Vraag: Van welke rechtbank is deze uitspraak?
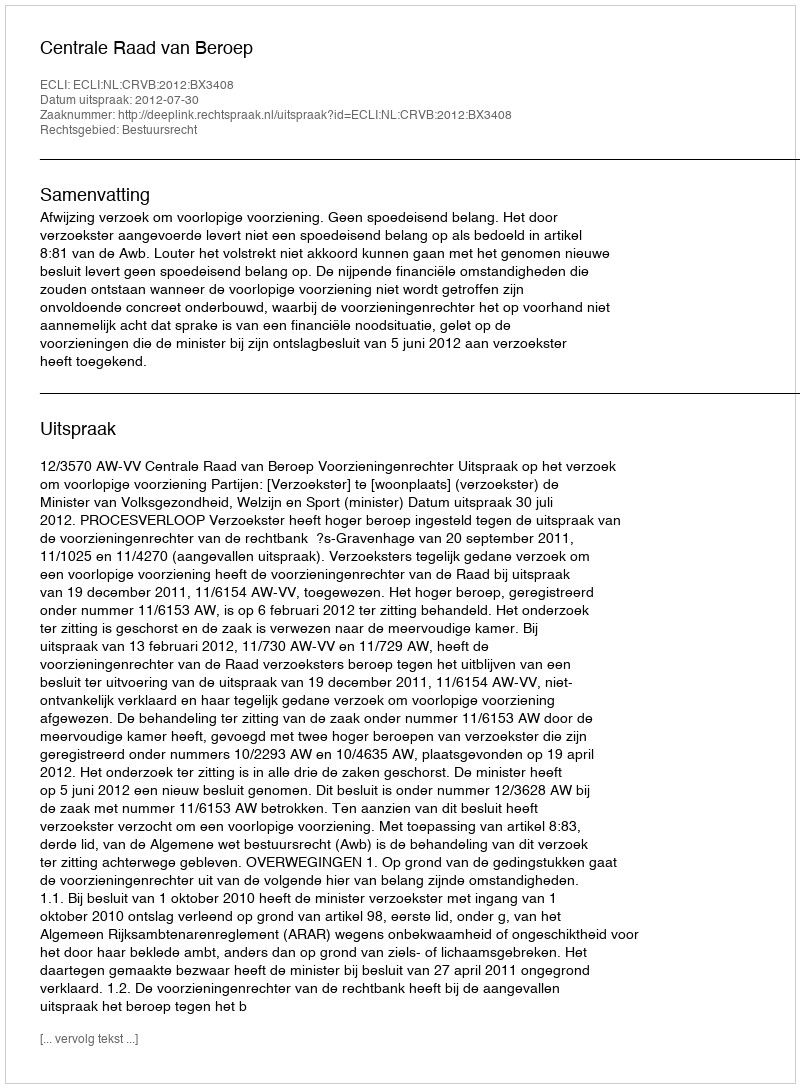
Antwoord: Centrale Raad van Beroep